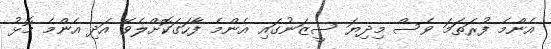
އެންމެ ފުރަތަމަ ވެސް މިދިޔަ ސީޒަނުގައި އެންމެ ފާހަގަކޮށްލެވޭ އަދި އެންމެ މޮޅު